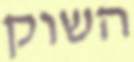
השוק